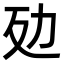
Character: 𠡀